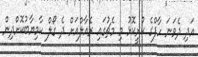
އަދި ދެވަނަ ހާފްގެ ކުރީކޮޅު މި މެޗުގައި ރެއާލްއަށް ދެ ގޯލް ކާމިޔާބުކޮށްދިން